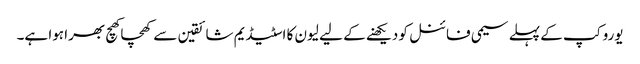
یورو کپ کے پہلے سیمی فائنل کو دیکھنے کے لیے لیون کا اسٹیڈیم شائقین سے کھچا کھچ بھرا ہوا ہے۔